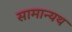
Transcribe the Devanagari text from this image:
सामान्यथ